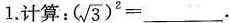
1.计算： ( \sqrt{3})^{2}=___.